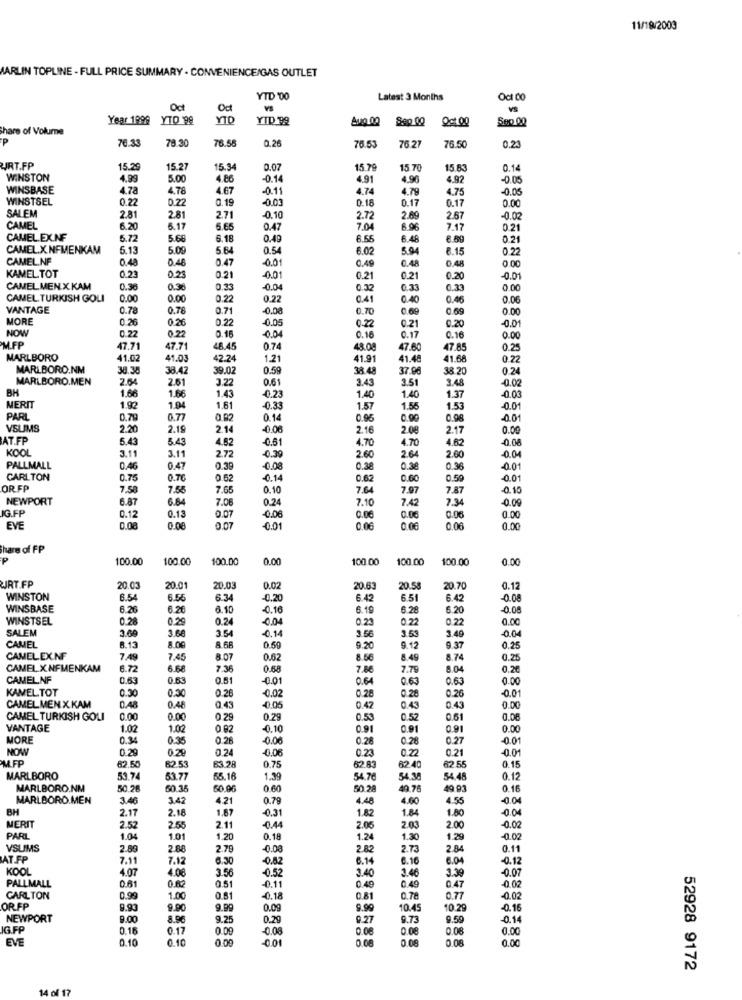
11/19/2003
MARLIN TOPLINE - FULL PRICE SUMMARY - CONVENIENCE/GAS OUTLET
YTD '00
Latest 3 Months
Oct 00
Oct
Oct
VS
Year 1999
YTD 98
YID
YID 99
Sep 00
0000
Share of Volume
P
78.30
76.58
76.5
70.33
0.26
76.53
76.27
0.23
URT.FP
15.29
15.2
15.34
0.07
15.79
15.70
15.83
0.14
WINSTON
4.99
5.00
4.86
-0.14
4.91
4.96
4.92
-0.05
WINSBASE
4.78
4.76
4.67
-0.11
4.74
4.79
4.75
-0.05
WINSTSEL
0.22
0.22
0.19
-0.03
0.18
0.17
0.17
0.00
SALEM
2.81
281
2,71
-0.10
2.72
2.69
2.67
-0.02
CAMEL
6.20
6.17
5.65
0.47
7.04
6.96
7.17
0.21
CAMEL.EX.NF
5.72
5.68
6.18
0.49
8.66
6.48
6.89
0.21
CAMEL.X.NFMENKAM
5.13
5.09
5.64
0.54
6.02
5.94
6.15
0,22
CAMEL.NF
0.48
0.46
0.47
-0.01
0.48
0.49
0.48
KAMEL TOT
0.23
0.23
0.21
-0.01
0.21
0.21
0.20
0.01
CAMEL MEN.X.KAM
0.36
0.36
0.33
-0.04
0 32
0.33
0.33
0 00
CAMEL TURKISH GOL
0.00
0.00
0.22
0.22
0.41
0.40
0.46
0.06
VANTAGE
0.78
0.76
0.71
0.70
0.69
0.69
0.00
MORE
0.26
0.22
0.05
0.22
0.20
-0.01
NOW
0.22
0.22
0.16
0.21
-0.04
0.16
0.17
0.16
0.00
M.FP
47.71
47.71
48.45
0.74
48.08
47.60
47.85
0.25
MARLBORO
41.02
41.03
42.24
1.21
41.91
41.48
41.68
0.22
MARLBORO.NM
38.38
38.42
39.02
0.59
38.48
37.96
38 20
0.24
MARLBORO.MEN
2.64
2.61
3.22
0.61
3.43
3.51
3.48
-0.02
BH
1.66
1.66
1.43
1.40
-0.23
1.40
1.37
-0.03
MERIT
1.92
1.94
1.61
-0.33
1.57
1.56
1.53
-0.01
PARL
0.79
0.77
0.14
0.96
0.00
0.98
-0.01
VSLIMS
2.20
2.19
2.14
-0.06
2.16
2.08
2.17
0.00
AT.FP
5.43
6.43
4.62
-0.61
4.70
4.70
4.62
0.08
KOO
3.11
-0.39
3.11
2.72
2.60
2.64
2.60
-0.04
PALLMALL
0.46
0.47
0.39
0.08
0.38
0.38
0.36
0.01
CARLTON
0.75
0.76
0.62
0.14
0.62
0.60
0.59
-0.01
OR FP
7.58
7.55
7.65
0.10
7.64
7.97
7.87
-0.10
NEWPORT
6.87
6.84
7.06
0.24
7.10
7.42
7.34
0.09
IG.FP
0.12
0.13
0.07
-0.06
0.06
0.06
0.06
0.00
EVE
0.08
0.00
0.07
0.01
0.06
0.06
0.06
0.00
hare of FP
100.00
100.00
100.00
0.00
100.00
100.00
100.00
0.00
JRT.FP
20.03
20.01
20.03
0.02
20.63
20.5
20.70
0.12
WINSTON
6.54
6.55
6.34
-0.20
6.42
6.51
6.42
-0.08
WINSBASE
6.26
6.26
6.10
-0.16
6.19
6.28
6.20
-0.08
WINSTSEL
0.28
0,29
0.24
-0.04
0.23
0.22
0.22
0.00
SALEM
3.69
3.64
3.54
-0.14
3.56
3.53
3.49
-0.04
CAMEL
8.13
8.00
8.68
0.59
9.20
9.12
9.37
0.25
CAMEL EXNF
7,49
7.45
8.07
0.62
8.56
8.49
8.74
0.25
CAMEL X NFMENKAM
6.72
6.66
7.36
0.68
7.86
7.79
8.04
0.26
CAMEL.NF
0.63
0.63
0.81
-0.01
0.64
0.63
0.63
0.00
KAMEL TOT
0.30
0.26
0.28
0.28
0.26
-0.01
0.30
-0.02
CAMELMENX.KAM
0.48
0.48
0.43
-0.05
0.47
0.43
0.43
0.00
CAMEL TURKISH GOLI
0.00
0.00
0.29
0.29
0.53
0.52
0.61
0.06
VANTAGE
1.02
1.02
0.82
-0.10
0.91
0.91
0.91
0.00
MORE
0.34
0.35
0.28
-0.06
0.28
0.28
0.27
-0.01
NOW
0.29
0.29
0.24
-0.06
0.22
0.21
-0.01
MFP
0.23
82.50
62.53
63.28
0.75
62.83
62.4
62.55
0.15
MARLBORO
53.74
53.77
55.16
1.39
54.76
54.38
54.48
0.12
MARLBORO.NM
50 28
60.35
60.06
0.60
50.28
19.76
49 93
0.16
MARLBORO.MEN
3.46
3.42
4.21
0.79
4.48
4.60
4.55
-0.04
BH
2.17
2.18
1.87
-0.31
1.82
1.84
1.80
-0.04
MERIT
2.52
2.55
2.11
-0.44
2.06
2.03
2.00
-0.02
PARL
1.04
1.01
1.20
0.18
1.24
1.30
1.29
-0.02
VSUMS
2.89
2.88
2.79
-0.08
2.82
2.73
2.84
0.11
AT.FP
7.11
7.12
6.30
-0.82
6.14
6.16
6.04
-0.12
KOOL
4.07
4.08
3.56
-0.52
3.40
3.46
3.39
-0.07
PALLMALL
-0.11
-0.02
0.82
0.51
0.49
0.49
0 47
CARLTON
0.99
1.00
0.81
-0.18
0.81
0.78
0.77
-0.02
OR FP
9.93
9.90
9.99
0.09
9.99
10.45
10.29
-0.16
NEWPORT
9.00
8.8€
9.25
0.29
9.27
9.73
9.59
-0.14
IG FP
0.10
0.17
0.08
0.08
0.08
0.08
0.00
EVE
0.10
0.10
0.00
0.08
0.08
0.00
52928 9172
14 of 17